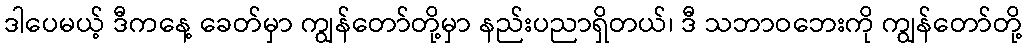
ဒါပေမယ့် ဒီကနေ့ ခေတ်မှာ ကျွန်တော်တို့မှာ နည်းပညာရှိတယ်၊ ဒီ သဘာဝဘေးကို ကျွန်တော်တို့